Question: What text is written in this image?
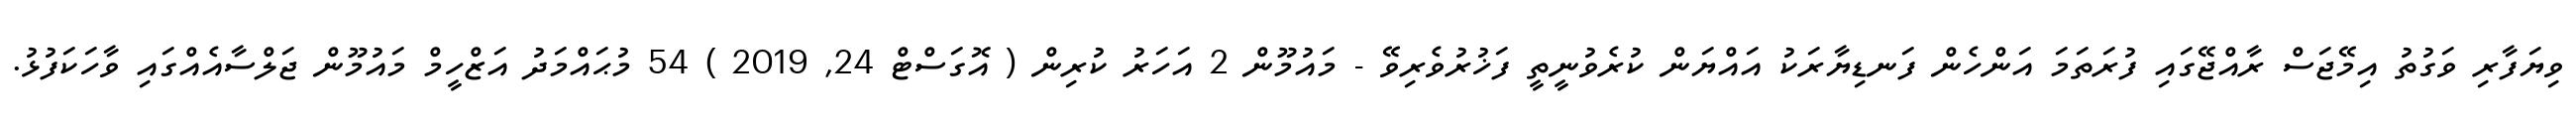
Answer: ވިޔަފާރި ވަގުތު އިމޭޖަސް ރާއްޖޭގައި ފުރަތަމަ އަންހެން ފަނޑިޔާރަކު އައްޔަން ކުރެވުނީތީ ފަޚުރުވެރިވޭ - މައުމޫން 2 އަހަރު ކުރިން ( އޮގަސްޓް 24, 2019 ) 54 މުޙައްމަދު އަޒްހީމް މައުމޫން ޖަލްސާއެއްގައި ވާހަކަފުޅު.